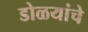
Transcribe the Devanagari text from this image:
डोळयांचे